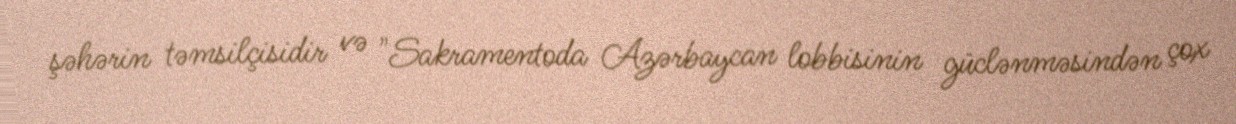
şəhərin təmsilçisidir və "Sakramentoda Azərbaycan lobbisinin güclənməsindən çox